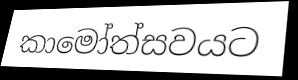
කාමෝත්සවයට